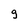
Character: g